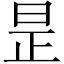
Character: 昰